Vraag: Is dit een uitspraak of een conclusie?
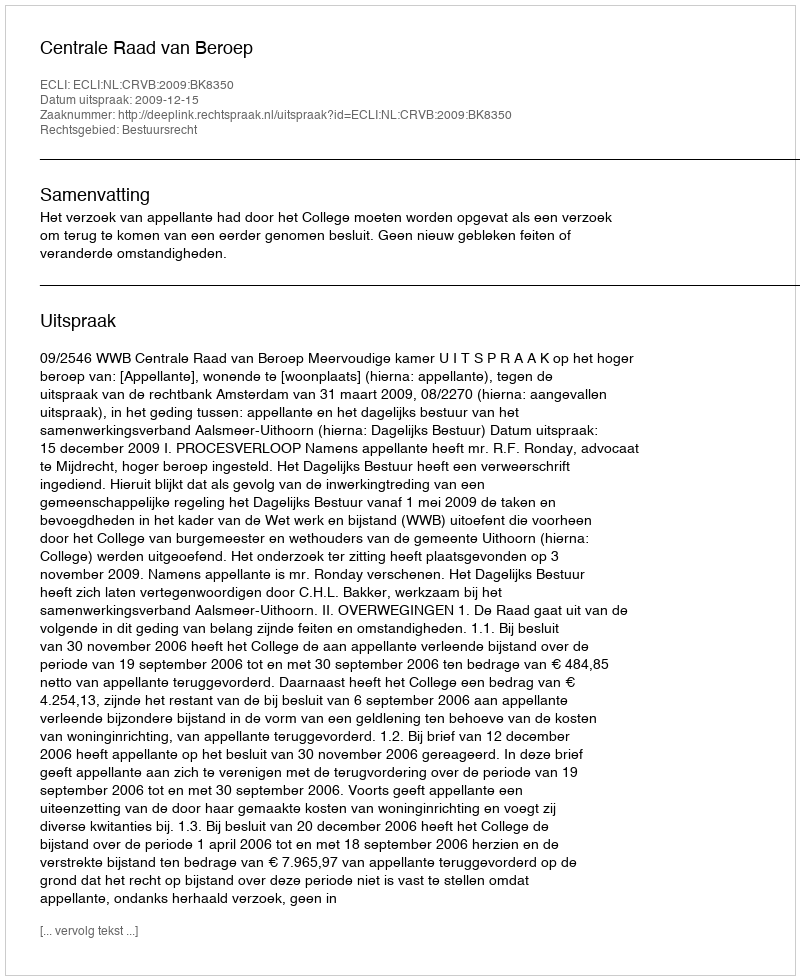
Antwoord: Uitspraak